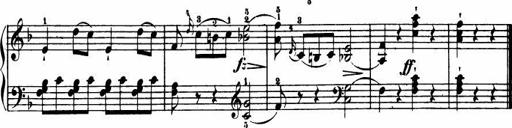
Title: Le bouquetier
Composer: Anton Diabelli
Key: G major
 C major
 F major
 C major